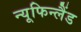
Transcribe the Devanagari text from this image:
न्यूफिन्लैंड